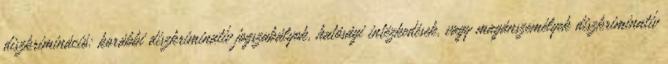
diszkrimináció: korábbi diszkriminatív jogszabályok, hatósági intézkedések, vagy magánszemélyek diszkriminatív